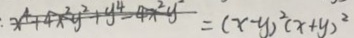
x ^ { 4 } + 4 x ^ { 2 } y ^ { 2 } + y ^ { 4 } - 4 x ^ { 2 } y ^ { 2 } = ( x - y ) ^ { 2 } ( x + y ) ^ { 2 }